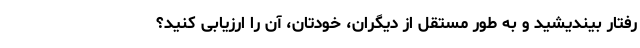
رفتار بیندیشید و به طور مستقل از دیگران، خودتان، آن را ارزیابی کنید؟